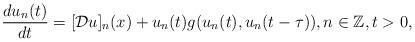
LaTeX: \begin{align*}\frac{du_n(t)}{dt}= [\mathcal{D}u]_n(x)+u_n(t) g(u_n(t),u_n(t-\tau)),n\in \mathbb{Z}, t>0, \end{align*}